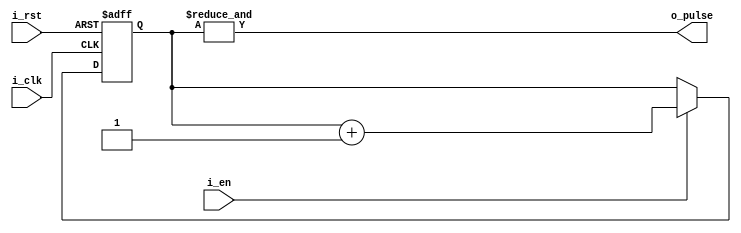
// Pulse Generator for the FRANK6000 processor

module Pulse_Gen #(parameter WIDTH=24) (
    input  i_clk, i_rst, i_en,
    output o_pulse);

    reg [WIDTH-1:0] r_counter = 'b0;

    always @(posedge i_clk, posedge i_rst) begin
        if (i_rst)     r_counter = 'b0;
        else if (i_en) r_counter = r_counter + 'b1;
    end

    assign o_pulse = &r_counter;

endmodule